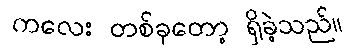
ကလေး တစ်ခုတော့ ရှိခဲ့သည်။